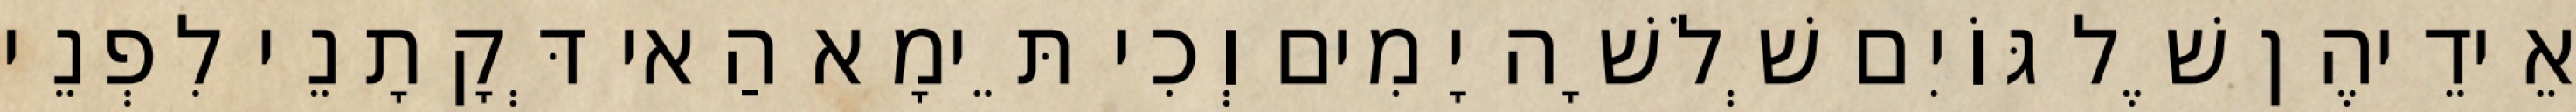
אֵידֵיהֶן שֶׁל גּוֹיִם שְׁלֹשָׁה יָמִים וְכִי תֵּימָא הַאי דְּקָתָנֵי לִפְנֵי